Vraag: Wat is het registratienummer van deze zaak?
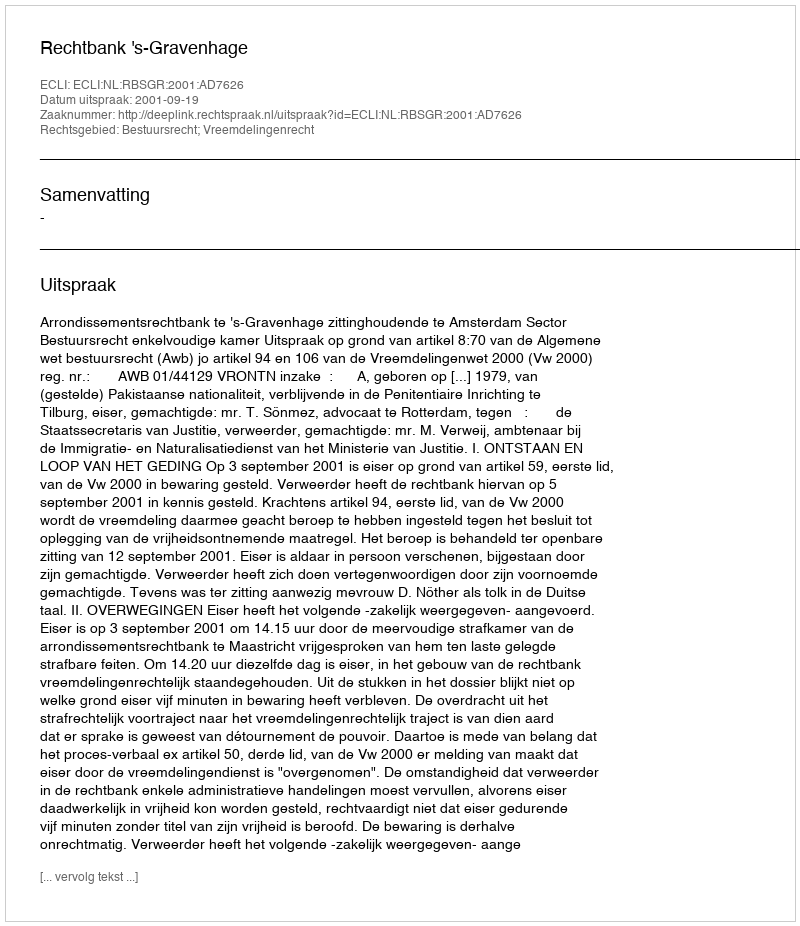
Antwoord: http://deeplink.rechtspraak.nl/uitspraak?id=ECLI:NL:RBSGR:2001:AD7626